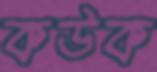
কউক